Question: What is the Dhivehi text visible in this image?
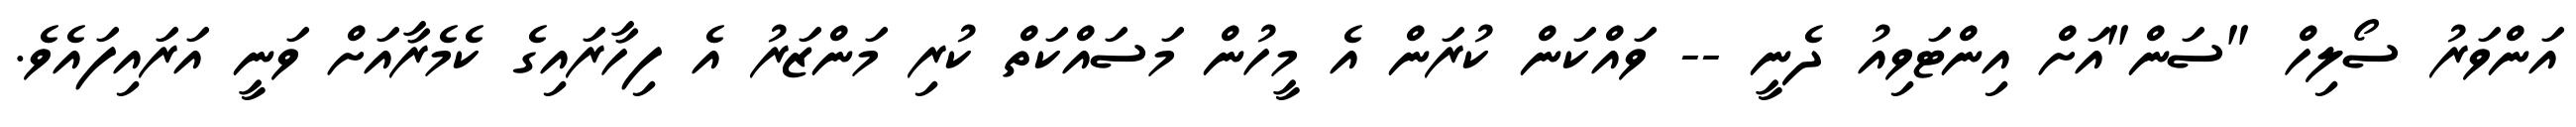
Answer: އަންވަރު ސޯލިހް "ސަން"އަށް އިންޓަވިއު ދެނީ -- ވައްކަން ކުރަން އެ މީހުން މަސައްކަތް ކުރި މަންޒަރު އެ ފިހާރައިގެ ކެމެރާއަށް ވަނީ އަރައިފައެވެ.